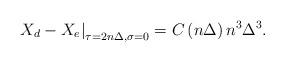
\begin{align*}\left. X_d-X_e\right| _{\tau =2n\Delta ,\sigma =0}=C\left( n\Delta \right)n^3\Delta ^3.\end{align*}